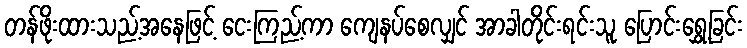
တန်ဖိုးထားသည့်အနေဖြင့် ငေးကြည့်ကာ ကျေနပ်စေလျှင် အာခါတိုင်းရင်းသူ ပြောင်းရွှေ့ခြင်း